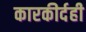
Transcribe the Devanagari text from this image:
कारकीर्दही